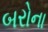
બરોના